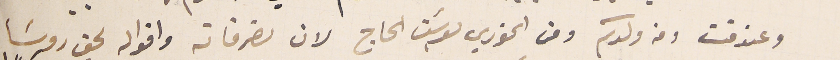
وعندقت ومن ولدكم ومن الخوري يوسَف الحاج لان تصرفاته واقواله ىحق روسَا